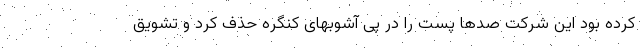
کرده بود این شرکت صدها پست را در پی آشوبهای کنگره حذف کرد و تشویق